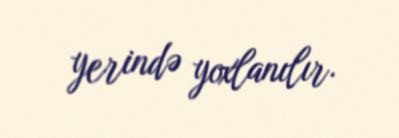
yerində yoxlanılır.